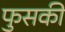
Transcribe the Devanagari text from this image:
फुसकी